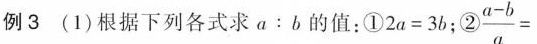
例3 (1)根据下列各式求$$a : b$$的值：①$$2 a = 3 b$$；②$$\frac { a - b } { a } =